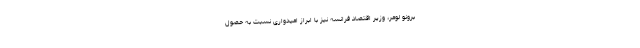
برونو لومر، وزیر اقتصاد فرانسه نیز با ابراز امیدواری نسبت به حصول